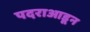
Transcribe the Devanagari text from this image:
पदराआडून